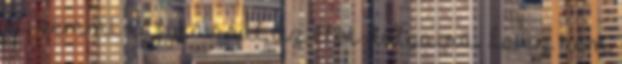
él, semmi rálátással az élet dolgaira. És ez nem